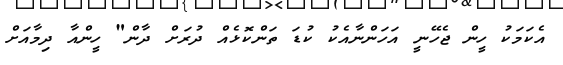
އެކަމަކު ހީން ޖެހޭނީ އަހަންނާއެކު ކުޑަ ތަންކޮޅެއް ދުރަށް ދާން" ހީންއާ ދިމާއަށް